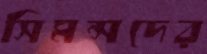
সিমন্সদের